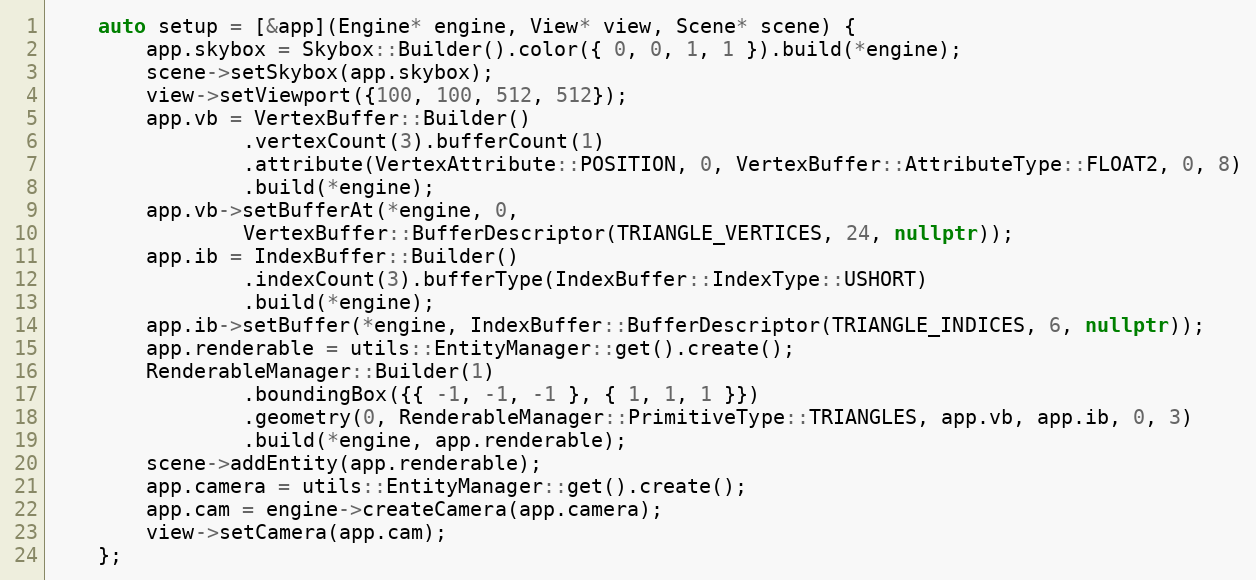
Language: C++
    auto setup = [&app](Engine* engine, View* view, Scene* scene) {
        app.skybox = Skybox::Builder().color({ 0, 0, 1, 1 }).build(*engine);
        scene->setSkybox(app.skybox);
        view->setViewport({100, 100, 512, 512});
        app.vb = VertexBuffer::Builder()
                .vertexCount(3).bufferCount(1)
                .attribute(VertexAttribute::POSITION, 0, VertexBuffer::AttributeType::FLOAT2, 0, 8)
                .build(*engine);
        app.vb->setBufferAt(*engine, 0,
                VertexBuffer::BufferDescriptor(TRIANGLE_VERTICES, 24, nullptr));
        app.ib = IndexBuffer::Builder()
                .indexCount(3).bufferType(IndexBuffer::IndexType::USHORT)
                .build(*engine);
        app.ib->setBuffer(*engine, IndexBuffer::BufferDescriptor(TRIANGLE_INDICES, 6, nullptr));
        app.renderable = utils::EntityManager::get().create();
        RenderableManager::Builder(1)
                .boundingBox({{ -1, -1, -1 }, { 1, 1, 1 }})
                .geometry(0, RenderableManager::PrimitiveType::TRIANGLES, app.vb, app.ib, 0, 3)
                .build(*engine, app.renderable);
        scene->addEntity(app.renderable);
        app.camera = utils::EntityManager::get().create();
        app.cam = engine->createCamera(app.camera);
        view->setCamera(app.cam);
    };